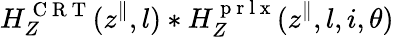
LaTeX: H_{Z}^{\mathrm{~C~R~T~}}(z^{\parallel},l)*H_{Z}^{\mathrm{~p~r~l~x~}}(z^{\parallel},l,i,\theta)